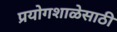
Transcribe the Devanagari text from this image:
प्रयोगशाळेसाठी